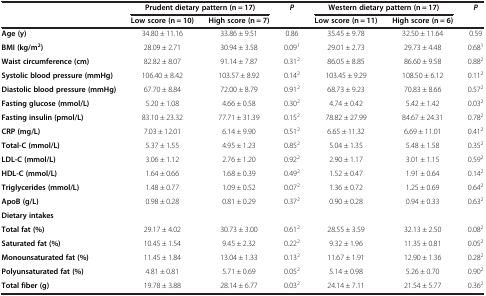
<table><thead><tr><td><b> </b></td><td colspan="2"><b>Prudent dietary pattern (n = 17)</b></td><td><b><i>P</i></b></td><td colspan="2"><b>Western dietary pattern (n = 17)</b></td><td><b><i>P</i></b></td></tr><tr><td><b> </b></td><td><b>Low score (n = 10)</b></td><td><b>High score (n = 7)</b></td><td><b> </b></td><td><b>Low score (n = 11)</b></td><td><b>High score (n = 6)</b></td><td><b> </b></td></tr></thead><tbody><tr><td><b>Age (y)</b></td><td>34.80 ± 11.16</td><td>33.86 ± 9.51</td><td>0.86</td><td>35.45 ± 9.78</td><td>32.50 ± 11.64</td><td>0.59</td></tr><tr><td><b>BMI (kg/m</b><sup><b>2</b></sup><b>)</b></td><td>28.09 ± 2.71</td><td>30.94 ± 3.58</td><td>0.09<sup>1</sup></td><td>29.01 ± 2.73</td><td>29.73 ± 4.48</td><td>0.68<sup>1</sup></td></tr><tr><td><b>Waist circumference (cm)</b></td><td>82.82 ± 8.07</td><td>91.14 ± 7.87</td><td>0.31<sup>2</sup></td><td>86.05 ± 8.85</td><td>86.60 ± 9.58</td><td>0.88<sup>2</sup></td></tr><tr><td><b>Systolic blood pressure (mmHg)</b></td><td>106.40 ± 8.42</td><td>103.57 ± 8.92</td><td>0.14<sup>2</sup></td><td>103.45 ± 9.29</td><td>108.50 ± 6.12</td><td>0.11<sup>2</sup></td></tr><tr><td><b>Diastolic blood pressure (mmHg)</b></td><td>67.70 ± 8.84</td><td>72.00 ± 8.79</td><td>0.91<sup>2</sup></td><td>68.73 ± 9.23</td><td>70.83 ± 8.66</td><td>0.57<sup>2</sup></td></tr><tr><td><b>Fasting glucose (mmol/L)</b></td><td>5.20 ± 1.08</td><td>4.66 ± 0.58</td><td>0.30<sup>2</sup></td><td>4.74 ± 0.42</td><td>5.42 ± 1.42</td><td>0.03<sup>2</sup></td></tr><tr><td><b>Fasting insulin (pmol/L)</b></td><td>83.10 ± 23.32</td><td>77.71 ± 31.39</td><td>0.15<sup>2</sup></td><td>78.82 ± 27.99</td><td>84.67 ± 24.31</td><td>0.78<sup>2</sup></td></tr><tr><td><b>CRP (mg/L)</b></td><td>7.03 ± 12.01</td><td>6.14 ± 9.90</td><td>0.51<sup>2</sup></td><td>6.65 ± 11.32</td><td>6.69 ± 11.01</td><td>0.41<sup>2</sup></td></tr><tr><td><b>Total-C (mmol/L)</b></td><td>5.37 ± 1.55</td><td>4.95 ± 1.23</td><td>0.85<sup>2</sup></td><td>5.04 ± 1.35</td><td>5.48 ± 1.58</td><td>0.35<sup>2</sup></td></tr><tr><td><b>LDL-C (mmol/L)</b></td><td>3.06 ± 1.12</td><td>2.76 ± 1.20</td><td>0.92<sup>2</sup></td><td>2.90 ± 1.17</td><td>3.01 ± 1.15</td><td>0.59<sup>2</sup></td></tr><tr><td><b>HDL-C (mmol/L)</b></td><td>1.64 ± 0.66</td><td>1.68 ± 0.39</td><td>0.49<sup>2</sup></td><td>1.52 ± 0.47</td><td>1.91 ± 0.64</td><td>0.14<sup>2</sup></td></tr><tr><td><b>Triglycerides (mmol/L)</b></td><td>1.48 ± 0.77</td><td>1.09 ± 0.52</td><td>0.07<sup>2</sup></td><td>1.36 ± 0.72</td><td>1.25 ± 0.69</td><td>0.64<sup>2</sup></td></tr><tr><td><b>ApoB (g/L)</b></td><td>0.98 ± 0.28</td><td>0.81 ± 0.29</td><td>0.37<sup>2</sup></td><td>0.90 ± 0.28</td><td>0.94 ± 0.33</td><td>0.63<sup>2</sup></td></tr><tr><td><b>Dietary intakes</b></td><td> </td><td> </td><td> </td><td> </td><td> </td><td> </td></tr><tr><td><b>Total fat (%)</b></td><td>29.17 ± 4.02</td><td>30.73 ± 3.00</td><td>0.61<sup>2</sup></td><td>28.55 ± 3.59</td><td>32.13 ± 2.50</td><td>0.08<sup>2</sup></td></tr><tr><td><b>Saturated fat (%)</b></td><td>10.45 ± 1.54</td><td>9.45 ± 2.32</td><td>0.22<sup>2</sup></td><td>9.32 ± 1.96</td><td>11.35 ± 0.81</td><td>0.05<sup>2</sup></td></tr><tr><td><b>Monounsaturated fat (%)</b></td><td>11.45 ± 1.84</td><td>13.04 ± 1.33</td><td>0.13<sup>2</sup></td><td>11.67 ± 1.91</td><td>12.90 ± 1.36</td><td>0.28<sup>2</sup></td></tr><tr><td><b>Polyunsaturated fat (%)</b></td><td>4.81 ± 0.81</td><td>5.71 ± 0.69</td><td>0.05<sup>2</sup></td><td>5.14 ± 0.98</td><td>5.26 ± 0.70</td><td>0.90<sup>2</sup></td></tr><tr><td><b>Total fiber (g)</b></td><td>19.78 ± 3.88</td><td>28.14 ± 6.77</td><td>0.03<sup>2</sup></td><td>24.14 ± 7.11</td><td>21.54 ± 5.77</td><td>0.36<sup>2</sup></td></tr></tbody></table>